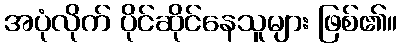
အပုံလိုက် ပိုင်ဆိုင်နေသူများ ဖြစ်၏။